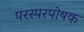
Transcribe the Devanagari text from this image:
परस्परपोषक